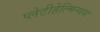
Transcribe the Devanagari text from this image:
प्लेटीहेल्मिन्थस